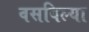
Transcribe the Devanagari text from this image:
वसविल्या